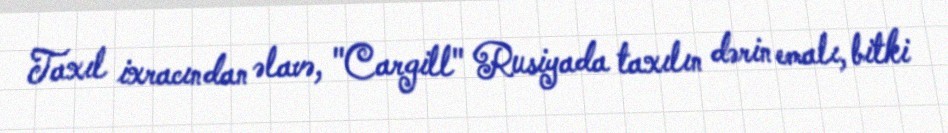
Taxıl ixracından əlavə, "Cargill" Rusiyada taxılın dərin emalı, bitki